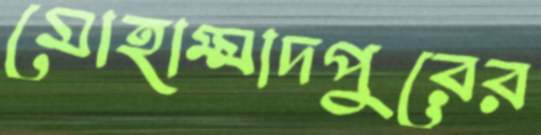
মোহাম্মাদপুরের